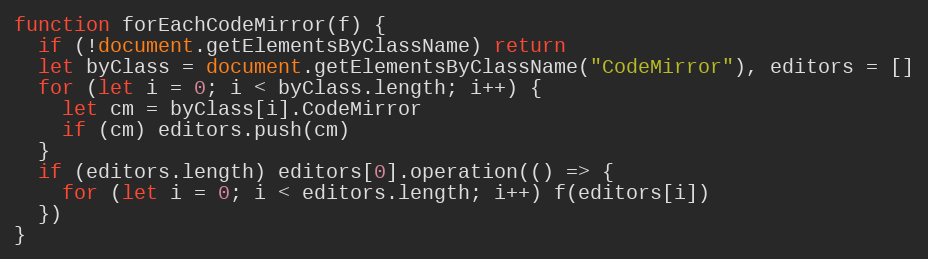
Language: JavaScript
function forEachCodeMirror(f) {
  if (!document.getElementsByClassName) return
  let byClass = document.getElementsByClassName("CodeMirror"), editors = []
  for (let i = 0; i < byClass.length; i++) {
    let cm = byClass[i].CodeMirror
    if (cm) editors.push(cm)
  }
  if (editors.length) editors[0].operation(() => {
    for (let i = 0; i < editors.length; i++) f(editors[i])
  })
}